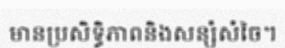
មានប្រសិទ្ធិភាពនិងសន្សំសំចៃ។